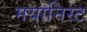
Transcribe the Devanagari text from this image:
मयानिस्ट